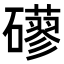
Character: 𥗀